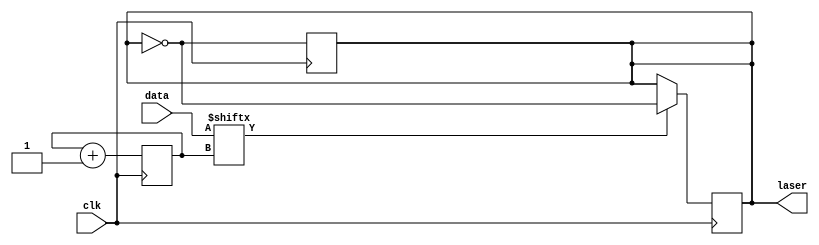
module LaserGen(
	input [31:0] data,
	input clk,
	output reg laser
	);

	initial laser = 0;

	reg [4:0] bitNum;
	initial bitNum = 0;

	always @(posedge clk) begin
		bitNum <= bitNum + 1;
		laser <= ~laser;
		end
	
	wire dataBit;
	assign dataBit = data[bitNum];

	always @(negedge clk) begin
		if (data[bitNum] == 1) begin
			laser <= ~laser;
			end
		end

endmodule